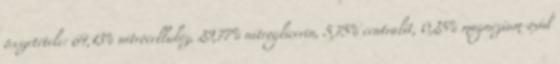
összetétele: 64,13% nitrocellulóz, 29,77% nitroglicerin, 5,75% centralit, 0,25% magnézium-oxid